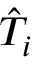
\hat { T } _ { i }